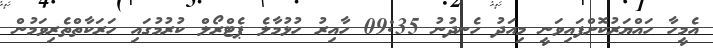
އެމީހާ ހައްޔަރުކޮށްފައިވަނީ މިއަދު ހެނދުނު 09:35 ހާއިރު ހުޅުމާލެ ޕެޓްރޯލް ކުރުމުގައި ހަރަކާތްތެރިވަމުން